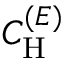
C _ { \mathrm { H } } ^ { ( E ) }